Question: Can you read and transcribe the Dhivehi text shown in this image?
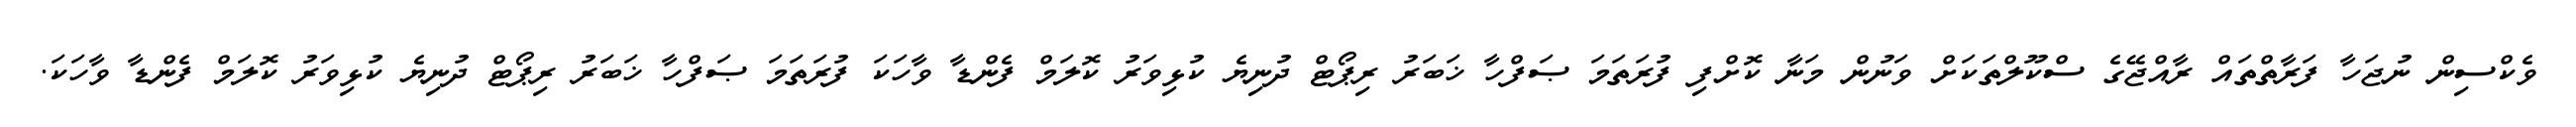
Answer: ވެކްސިން ނުޖަހާ ފަރާތްތައް ރާއްޖޭގެ ސްކޫލްތަކަށް ވަނުން މަނާ ކޮށްފި ފުރަތަމަ ޞަފްހާ ޚަބަރު ރިޕޯޓް ދުނިޔެ ކުޅިވަރު ކޮލަމް ފެންޑާ ވާހަކަ ފުރަތަމަ ޞަފްހާ ޚަބަރު ރިޕޯޓް ދުނިޔެ ކުޅިވަރު ކޮލަމް ފެންޑާ ވާހަކަ.